Veterinary regulations India, 1925 -
Year: 1925
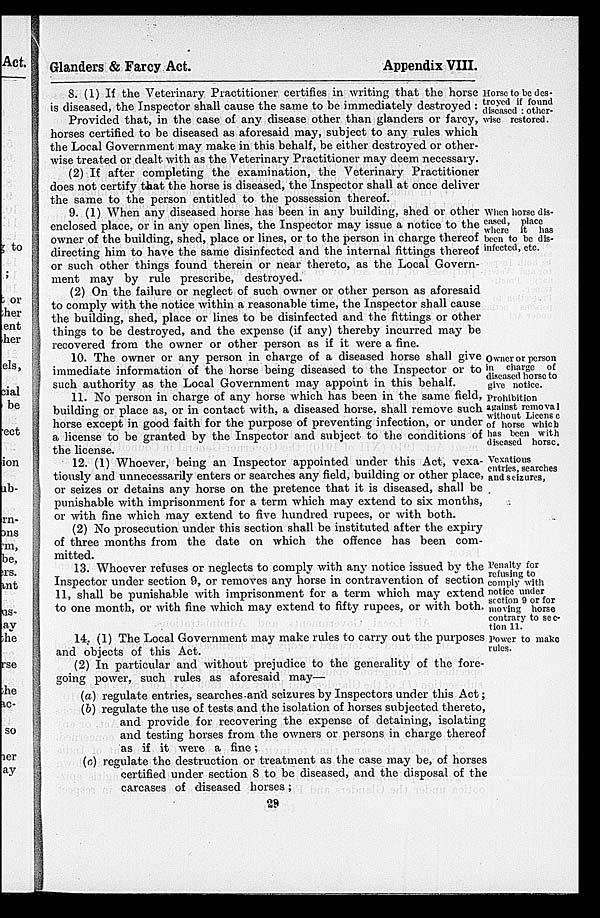
Glanders & Farcy Act.
Appendix VIII.
Horse to be des-
troyed if found
diseased : other¬
wise restored.
8. (1) If the Veterinary Practitioner certifies in writing that the horse
is diseased, the Inspector shall cause the same to be immediately destroyed :
Provided that, in the case of any disease other than glanders or farcy,
horses certified to be diseased as aforesaid may, subject to any rules which
the Local Government may make in this behalf, be either destroyed or other-
wise treated or dealt with as the Veterinary Practitioner may deem necessary.
(2) If after completing the examination, the Veterinary Practitioner
does not certify that the horse is diseased, the Inspector shall at once deliver
the same to the person entitled to the possession thereof.
When horse dis-
-ased, place
where it has
been to be dis-
infected, etc.
9. (1) When any diseased horse has been in any building, shed or other
enclosed place, or in any open lines, the Inspector may issue a notice to the
owner of the building, shed, place or lines, or to the person in charge thereof
directing him to have the same disinfected and the internal fittings thereof
or such other things found therein or near thereto, as the Local Govern-
ment may by rule prescribe, destroyed.
(2) On the failure or neglect of such owner or other person as aforesaid
to comply with the notice within a reasonable time, the Inspector shall cause
the building, shed, place or lines to be disinfected and the fittings or other
things to be destroyed, and the expense (if any) thereby incurred may be
recovered from the owner or other person as if it were a fine.
Owner or person
in charge of
diseased horse to
give notice.
Prohibition
against removal
without License
of horse which
has been with
diseased horse.
10. The owner or any person in charge of a diseased horse shall give
immediate information of the horse being diseased to the Inspector or to
such authority as the Local Government may appoint in this behalf.
11. No person in charge of any horse which has been in the same field,
building or place as, or in contact with, a diseased horse, shall remove such
horse except in good faith for the purpose of preventing infection, or under
a license to be granted by the Inspector and subject to the conditions of
the license.
Vexatious
entries, searches
and seizures,
12. (1) Whoever, being an Inspector appointed under this Act, vexa-
tiously and unnecessarily enters or searches any field, building or other place,
or seizes or detains any horse on the pretence that it is diseased, shall be
punishable with imprisonment for a term which may extend to six months,
or with fine which may extend to five hundred rupees, or with both.
(2) No prosecution under this section shall be instituted after the expiry
of three months from the date on which the offence has been com-
mitted.
Penalty for
refusing to
comply with
notice under
section 9 or for
moving horse
contrary to sec-
tion 11.
13. Whoever refuses or neglects to comply with any notice issued by the
Inspector under section 9, or removes any horse in contravention of section
11, shall be punishable with imprisonment for a term which may extend
to one month, or with fine which may extend to fifty rupees, or with both.
Power to make
rules.
14. (1) The Local Government may make rules to carry out the purposes
and objects of this Act.
(2) In particular and without prejudice to the generality of the fore-
going power, such rules as aforesaid may—
(a) regulate entries, searches and seizures by Inspectors under this Act;
(b) regulate the use of tests and the isolation of horses subjected thereto,
and provide for recovering the expense of detaining, isolating
and testing horses from the owners or persons in charge thereof
as if it were a fine;
(c) regulate the destruction or treatment as the case may be, of horses
certified under section 8 to be diseased, and the disposal of the
carcases of diseased horses;
29